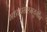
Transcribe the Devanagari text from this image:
मध्यपराश्मयुगीन